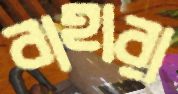
বাহারা